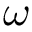
\boldsymbol { \omega }